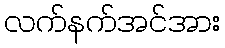
လက်နက်အင်အား